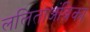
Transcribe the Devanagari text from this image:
ललिताअंबिका